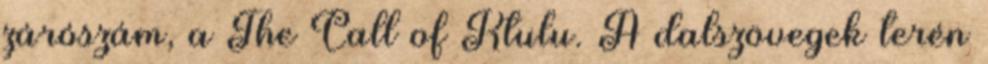
zárószám, a The Call of Ktulu. A dalszövegek terén